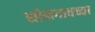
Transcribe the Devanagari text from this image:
सोनगावच्या